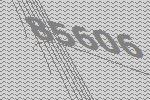
85606